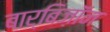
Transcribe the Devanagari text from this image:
बार्बिज़ॉन